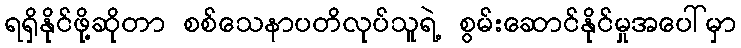
ရရှိနိုင်ဖို့ဆိုတာ စစ်သေနာပတိလုပ်သူရဲ့ စွမ်းဆောင်နိုင်မှုအပေါ်မှာ